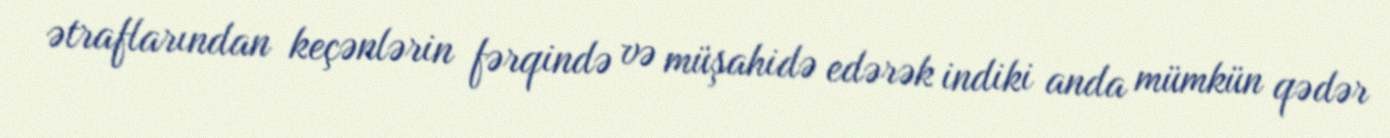
ətraflarından keçənlərin fərqində və müşahidə edərək indiki anda mümkün qədər